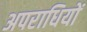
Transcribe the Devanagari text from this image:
अपराधियों